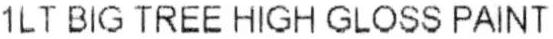
1LT BIG TREE HIGH GLOSS PAINT